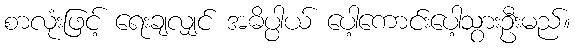
စာလုံးဖြင့် ရေးချလျှင် အဓိပ္ပါယ် ပေါ့ကောင်းပေါ့သွားဦးမည်။